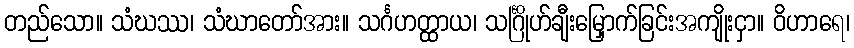
တည်သော။ သံဃဿ၊ သံဃာတော်အား။ သင်္ဂဟတ္ထာယ၊ သင်္ဂြိုဟ်ချီးမြှောက်ခြင်းအကျိုးငှာ။ ဝိဟာရေ၊